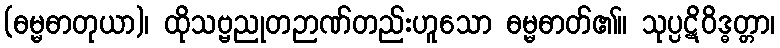
(ဓမ္မဓာတုယာ)၊ ထိုသဗ္ဗညုတဉာဏ်တည်းဟူသော ဓမ္မဓာတ်၏။ သုပ္ပဋိဝိဒ္ဓတ္တာ၊